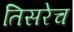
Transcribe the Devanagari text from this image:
तिसरेच